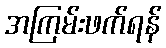
အကြမ်းဖက်ရန်